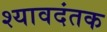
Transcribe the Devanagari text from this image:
श्यावदंतक